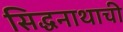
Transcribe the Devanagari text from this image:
सिद्धनाथाची